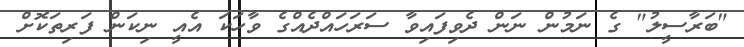
"ބަރާސީލު" ގެ ނަމުން ނަން ދެވިފައިވާ ސަރަހައްދެއްގެ ވާހަކަ އެއީ ނިކަން ފަރިތަކޮށް